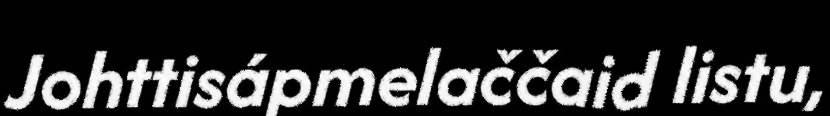
Johttisápmelaččaid listu,